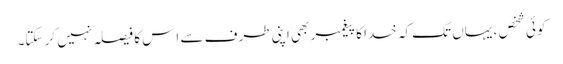
کوئی شخص ، یہاں تک کہ خدا کا پیغمبر بھی اپنی طرف سے اِس کا فیصلہ نہیں کر سکتا۔